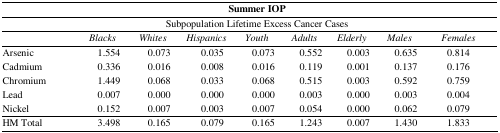
<table><thead><tr><td colspan="9"><b>Summer IOP</b></td></tr><tr><td colspan="9"><b>Subpopulation Lifetime Excess Cancer Cases</b></td></tr><tr><td>[EMPTY_CELL]</td><td><b><i>Blacks</i></b></td><td><b><i>Whites</i></b></td><td><b><i>Hispanics</i></b></td><td><b><i>Youth</i></b></td><td><b><i>Adults</i></b></td><td><b><i>Elderly</i></b></td><td><b><i>Males</i></b></td><td><b><i>Females</i></b></td></tr></thead><tbody><tr><td>Arsenic</td><td>1.554</td><td>0.073</td><td>0.035</td><td>0.073</td><td>0.552</td><td>0.003</td><td>0.635</td><td>0.814</td></tr><tr><td>Cadmium</td><td>0.336</td><td>0.016</td><td>0.008</td><td>0.016</td><td>0.119</td><td>0.001</td><td>0.137</td><td>0.176</td></tr><tr><td>Chromium</td><td>1.449</td><td>0.068</td><td>0.033</td><td>0.068</td><td>0.515</td><td>0.003</td><td>0.592</td><td>0.759</td></tr><tr><td>Lead</td><td>0.007</td><td>0.000</td><td>0.000</td><td>0.000</td><td>0.003</td><td>0.000</td><td>0.003</td><td>0.004</td></tr><tr><td>Nickel</td><td>0.152</td><td>0.007</td><td>0.003</td><td>0.007</td><td>0.054</td><td>0.000</td><td>0.062</td><td>0.079</td></tr><tr><td>HM Total</td><td>3.498</td><td>0.165</td><td>0.079</td><td>0.165</td><td>1.243</td><td>0.007</td><td>1.430</td><td>1.833</td></tr></tbody></table>